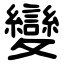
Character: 變